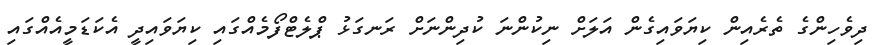
ދިވެހިންގެ ތެރެއިން ކިޔަވައިގެން އަލަށް ނިކުންނަ ކުދިންނަށް ރަނގަޅު ޕްލެޓްފޯމެއްގައި ކިޔަވައިދީ އެކަޑަމީއެއްގައި